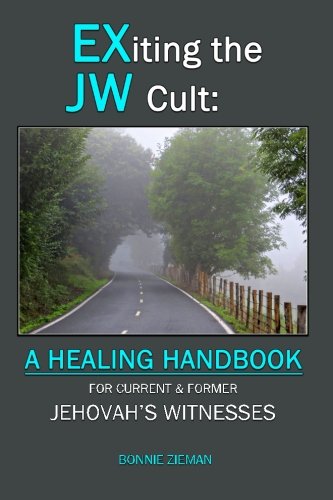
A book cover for EXiting the JW Cult: A Healing Handbook: For Current & Former Jehovah's Witnesses; Bonnie Zieman; Christian Books & Bibles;